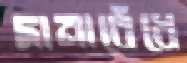
দানাবেঁধে